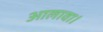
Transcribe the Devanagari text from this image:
आलावा।